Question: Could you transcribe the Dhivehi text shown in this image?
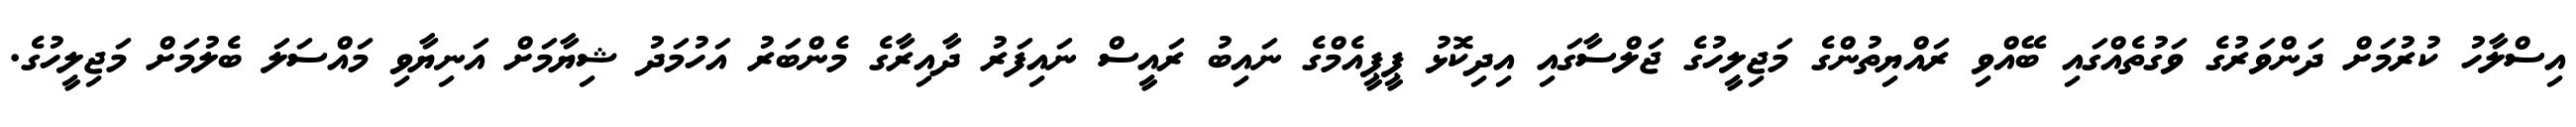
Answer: އިސްލާހު ކުރުމަށް ދަންވަރުގެ ވަގުތެއްގައި ބޭއްވި ރައްޔިތުންގެ މަޖިލީހުގެ ޖަލްސާގައި އިދިކޮޅު ޕީޕީއެމްގެ ނައިބު ރައީސް ނައިފަރު ދާއިރާގެ މެންބަރު އަހުމަދު ޝިޔާމަށް އަނިޔާވި މައްސަލަ ބެލުމަށް މަޖިލީހުގެ.